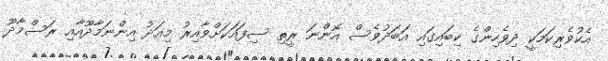
އެކުވެރިކަމަކީ ދިވެހިންގެ ކިބައިގައި އަބަދުވެސް އޮންނަ ރީތި ސިފައަކަށްވާއިރު މިއަދު އިންނަމާދޫއާއި ރަސްމާދޫ